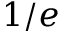
1 / e